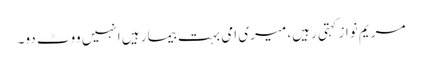
مریم نوازکہتی رہیں، میری امی بہت بیمار ہیں انہیں ووٹ دو۔